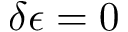
\delta \epsilon = 0